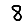
Digit: 8